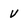
Character: V